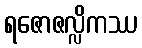
ရဇောဇလ္လိကဿ